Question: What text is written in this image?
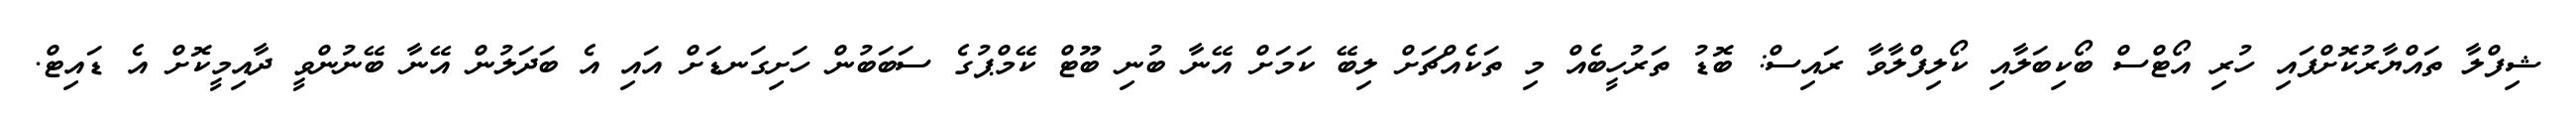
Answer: ޝިފްލާ ތައްޔާރުކޮށްފައި ހުރި އޯޓްސް ބޯކިބަލާއި ކޯލިފްލާވާ ރައިސް: ބޮޑު ތަރުހީބެއް މި ތަކެއްޗަށް ލިބޭ ކަމަށް އޭނާ ބުނި ބޫޓް ކޭމްޕުގެ ސަބަބުން ހަށިގަނޑަށް އައި އެ ބަދަލުން އޭނާ ބޭނުންވީ ދާއިމީކޮށް އެ ޑައިޓް.